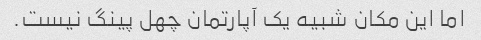
اما این مکان شبیه یک آپارتمان چهل پینگ نیست.